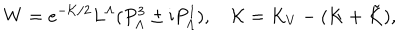
W = e ^ { - { \cal K } / 2 } L ^ { \Lambda } ( P _ { \Lambda } ^ { 3 } \pm \mathrm { i } P _ { \Lambda } ^ { 1 } ) , \quad { \cal K } = K _ { V } - ( K + \tilde { K } ) ,